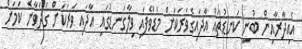
އެއިދާރާއިން ބުނީ ކަނޑުތައް އާދައިގެވަރަކަށް މަޑުވެފައި ވިލާގަނޑުގައި އާދައި ވަރަކަށް ގަދަވާނެ ކަމަށް